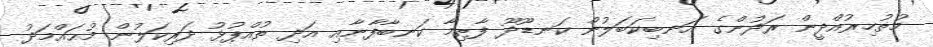
މުޡުހިރުއްދީން ރަދުންގެ އަނބިކަބަލުން ކަނޑޫދޫ ފާޠިމާ ކަނބާފާނާއި އަދި ތުއްޕުޅު ދަރިކަލުން މުޙައްމަދު